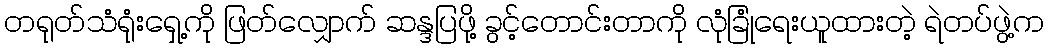
တရုတ်သံရုံးရှေ့ကို ဖြတ်လျှောက် ဆန္ဒပြဖို့ ခွင့်တောင်းတာကို လုံခြုံရေးယူထားတဲ့ ရဲတပ်ဖွဲ့က